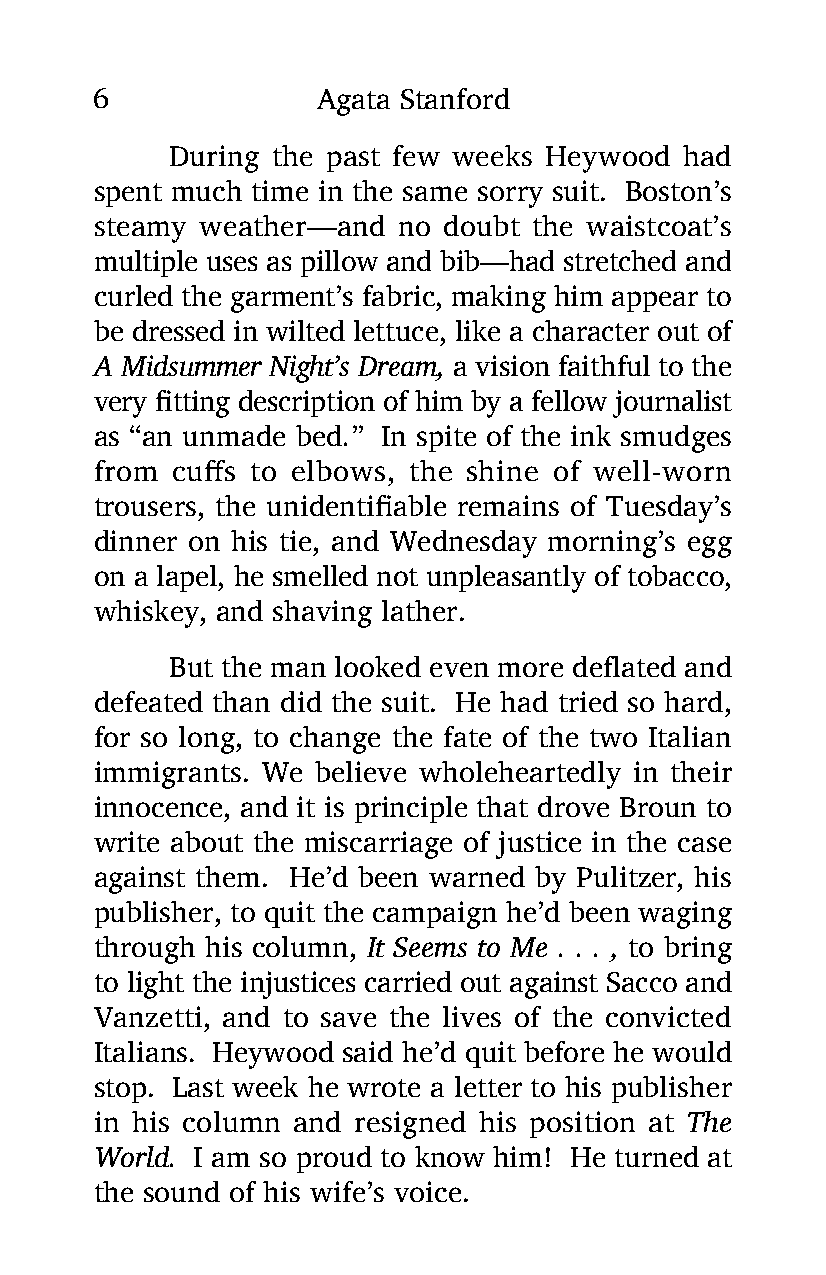
6              Agata Stanford
 During the past few weeks Heywood had
 spent much time in the same sorry suit. Boston’s
 steamy weather—and  no doubt the waistcoat’s
 multiple uses as pillow and bib—had stretched and
 curled the garment’s fabric, making him appear to
 be dressed in wilted lettuce, like a character out of
 A Midsummer Night’s Dream, a vision faithful to the
 very fitting description of him by a fellow journalist
 as “an unmade bed.” In spite of the ink smudges
 from cuffs to elbows, the shine of well-worn
 trousers, the unidentifiable remains of Tuesday’s
 dinner on his tie, and Wednesday morning’s egg
 on a lapel, he smelled not unpleasantly of tobacco,
 whiskey, and shaving lather.
 But the man looked even more deflated and
 defeated than did the suit. He had tried so hard,
 for so long, to change the fate of the two Italian
 immigrants. We believe wholeheartedly in their
 innocence, and it is principle that drove Broun to
 write about the miscarriage of justice in the case
 against them. He’d been warned by Pulitzer, his
 publisher, to quit the campaign he’d been waging
 through his column, It Seems to Me . . . , to bring
 to light the injustices carried out against Sacco and
 Vanzetti, and to save the lives of the convicted
 Italians. Heywood said he’d quit before he would
 stop. Last week he wrote a letter to his publisher
 in his column and resigned his position at The
 World. I am so proud to know him! He turned at
 the sound of his wife’s voice.